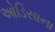
ઓડિસાના